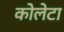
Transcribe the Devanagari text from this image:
कोलेटा